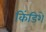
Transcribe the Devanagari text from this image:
किंडिशे